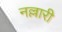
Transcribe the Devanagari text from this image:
नल्लारी